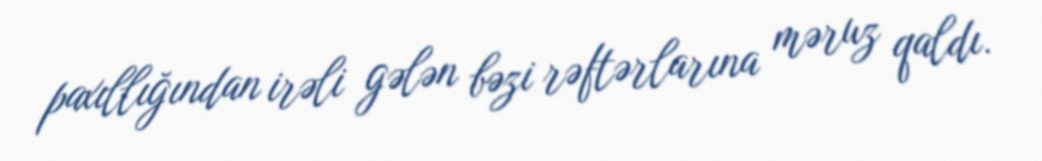
paxıllığından irəli gələn bəzi rəftərlarına məruz qaldı.